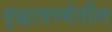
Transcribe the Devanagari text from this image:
वृद्धावस्थेतील